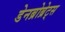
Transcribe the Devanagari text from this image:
डेनब्रोब्रेट्स